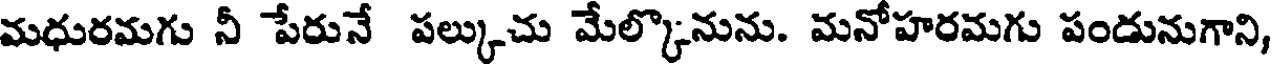
మధురమగు నీ పేరునే పల్కుచు మేల్కొనును. మనోహరమగు పండునుగాని,